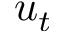
u _ { t }